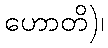
ဟောတိ)၊